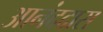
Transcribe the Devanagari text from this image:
आनंददास